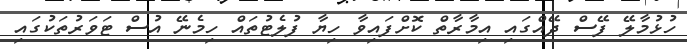
ހުޅުމާލޭ ފޭސް ދޭއްގައި އިމާރާތް ކޮށްފައިވާ ހިޔާ ފުލެޓުތައް ހިމެނޭ އުސް ޓަވަރުތަކުގައި